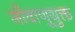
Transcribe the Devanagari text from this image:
जीवाणूयुक्त